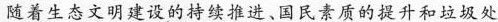
随着生态文明建设的持续推进。国民素质的提升和垃圾处